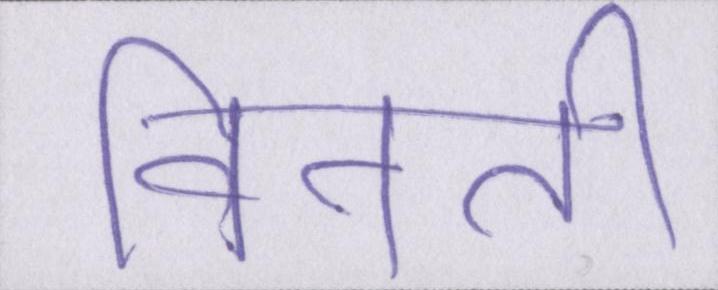
विनती